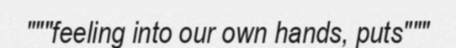
"""feeling into our own hands, puts"""